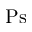
\mathrm { P s }